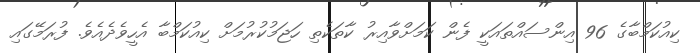
ކިއުކަމްބާގެ 96 އިންސައްތައަކީ ފެން ކަމަށްވާއިރު ކާތަކެތި ހަޖަމުކުރުމަށް ކިއުކަމްބާ އެހީވެދެއެވެ. ފުރަމޭގައި